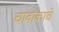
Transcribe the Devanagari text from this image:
चार्वाकाचे